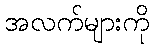
အလက်များကို